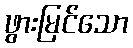
ဖွားမြင်သော